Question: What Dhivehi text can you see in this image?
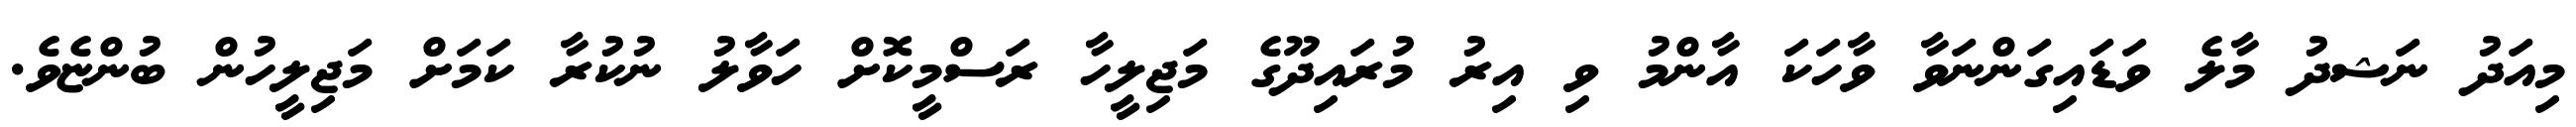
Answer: މިއަދު ނަޝދު މާލެ ވަޑައިގަންނަވާ ވާހަކަ އާންމު ވި އިރު މުރައިދޫގެ މަޖިލީހާ ރަސްމީކޮށް ހަވާލު ނުކުރާ ކަމަށް މަޖިލީހުން ބުންޏެވެ.